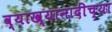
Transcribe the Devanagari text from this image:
व्याख्यानादींच्या